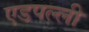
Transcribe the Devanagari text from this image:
एडपल्ली